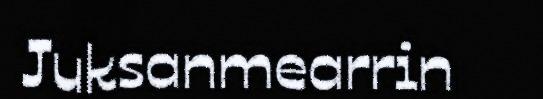
Juksanmearrin